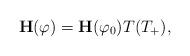
LaTeX: \begin{align*}\mathbf{H}(\varphi)=\mathbf{H}(\varphi_{0})T(T_{+}), \end{align*}